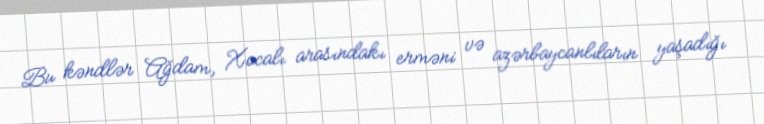
Bu kəndlər Ağdam, Xocalı arasındakı erməni və azərbaycanlıların yaşadığı